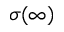
\sigma ( \infty )